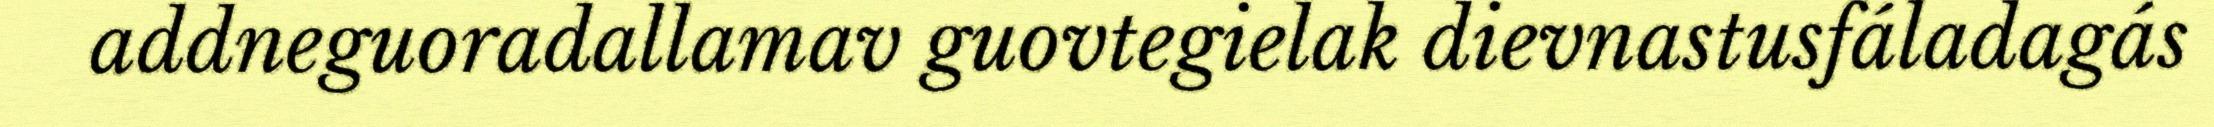
addneguoradallamav guovtegielak dievnastusfáladagás